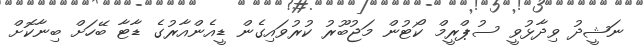
ނަޝީދު ވިދާޅުވީ ސުޕްރީމް ކޯޓުން މަޖުބޫރު ކުރުވައިގެން ޑީއެންއާރުގެ ޑާޓާ ބޭހަށް ބިނާކޮށް